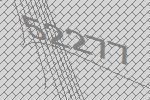
52277